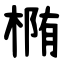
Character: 椭